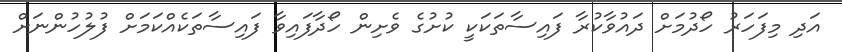
އަދި މިފަހަރު ހޯދުމަށް ދައުވާކުރާ ފައިސާތަކަކީ ކުށުގެ ވެށިން ހޯދާފައިވާ ފައިސާތަކެއްކަމަށް ފުލުހުންނަށް